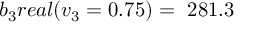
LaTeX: b _ { 3 } r e a l ( v _ { 3 } = 0 . 7 5 ) = \ 2 8 1 . 3